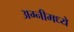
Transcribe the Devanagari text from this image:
अग्नीमध्ये